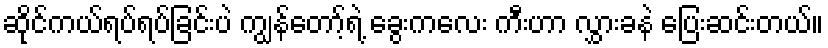
ဆိုင်ကယ်ရပ်ရပ်ခြင်းပဲ ကျွန်တော့်ရဲ့ ခွေးကလေး ကီးဟာ လွှားခနဲ ပြေးဆင်းတယ်။